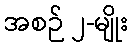
အစဉ် ၂-မျိုး